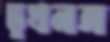
ভুখানাঙ্গা